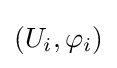
\left(U_{i},\varphi _{i}\right)